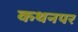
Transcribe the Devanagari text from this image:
कथनपर